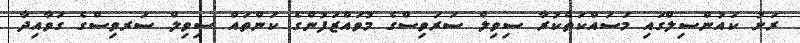
ރަށު ކައުންސިލްގައި މަސައްކަތްކުރާ ސިވިލް ސަރަވިސްގެ މުވައްޒަފުންގެ ކަންތައް ސިވިލް ސަރވިސްގެ ގަވާއިދާ